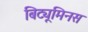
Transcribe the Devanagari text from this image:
बिट्यूमिनस